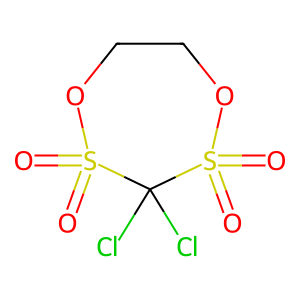
SMILES: O=S1(=O)OCCOS(=O)(=O)C1(Cl)Cl
Inhibits HIV replication: No